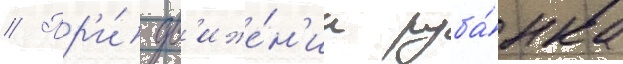
// Пр'и́ дв'иже́н'ии руба́нка